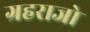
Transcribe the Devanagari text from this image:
ग्रहराजो